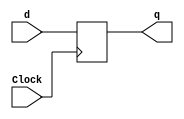
module d_ff(output reg q, input d, input Clock);
    initial begin
        q <= 0;
    end
    always @(posedge Clock)
        begin
                q <= d;
        end
endmodule